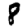
Digit: 8